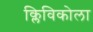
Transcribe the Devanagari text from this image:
क्लिविकोला